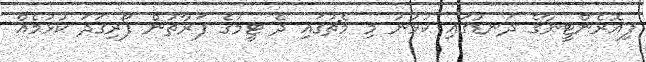
ފިއޮރެންޓީނާގެ ދަނޑުގައި ކުޅުނު މި މެޗުގައި ދެ ޓީމުގެ ފަރާތުން ފޯރިގަދަ ކުޅުމެއް